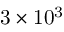
\mathrm { 3 \times 1 0 ^ { 3 } }